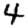
Digit: 4